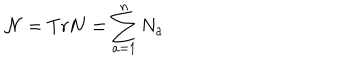
LaTeX: \mathcal { N } = T r \mathbf { N = } \sum _ { a = 1 } ^ { n } N _ { a }